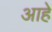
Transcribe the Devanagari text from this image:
आहेे